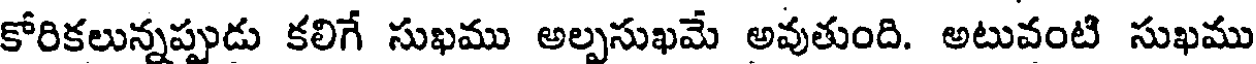
కోరికలున్నప్పుడు కలిగే సుఖము అల్పసుఖమే అవుతుంది. అటువంటి సుఖము